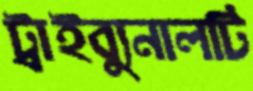
ট্রাইব্যুনালটি